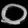
Digit: ၀